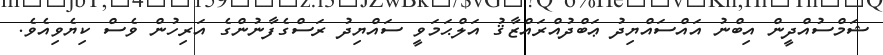
ޝަމްސުއްދީން އިބްނު އައްސައްޔިދު ޢަބްދުއްރައްޒާޤު އަލްޙަމަވީ ސައްޔިދު ރަސްގެފާނުންގެ އަރިހުން ވެސް ކިޔެވިއެވެ.